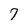
Character: 7